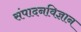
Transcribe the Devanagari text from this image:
संपादनविज्ञान